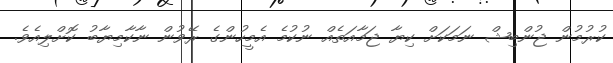
ކުރުމުން ޖުންބިޝް ނަމަކަށް ކިޔާ ޖަމާއަތެއް ނުކުމެ އެމީހުންގެ ރޭވުން ނާކާމިޔާބު ކޮށްލިއެވެ.